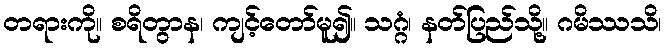
တရားကို။ စရိတွာန၊ ကျင့်တော်မူ၍။ သဂ္ဂံ၊ နတ်ပြည်သို့။ ဂမိဿသိ၊